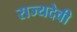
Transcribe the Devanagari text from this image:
राज्यदेवी